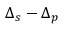
\Delta _ { s } - \Delta _ { p }